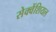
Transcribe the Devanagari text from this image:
सेक्वेंशियल